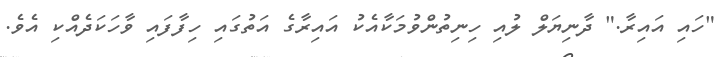
"ހައި އައިރާ." ދާނިޔަލް ލުއި ހިނިތުންވުމަކާއެކު އައިރާގެ އަތުގައި ހިފާފައި ވާހަކަދެއްކި އެވެ.